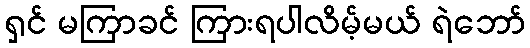
ရှင် မကြာခင် ကြားရပါလိမ့်မယ် ရဲဘော်